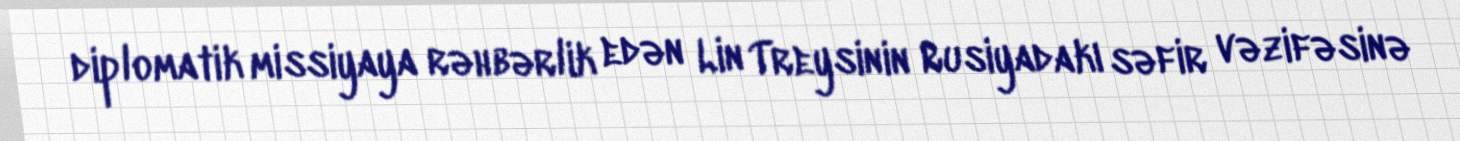
diplomatik missiyaya rəhbərlik edən Lin Treysinin Rusiyadakı səfir vəzifəsinə